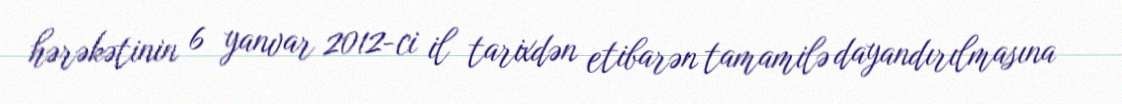
hərəkətinin 6 yanvar 2012-ci il tarixdən etibarən tamamilə dayandırılmasına